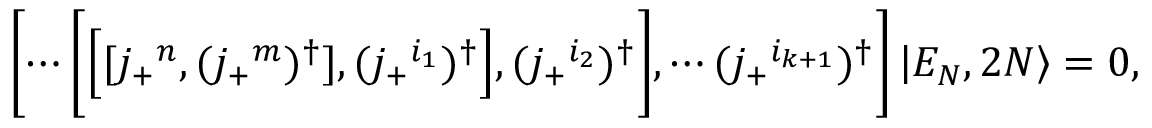
\Biggl [ \cdots \biggl [ \Bigl [ [ j _ { + } { } ^ { n } , ( j _ { + } { } ^ { m } ) ^ { \dagger } ] , ( j _ { + } { } ^ { i _ { 1 } } ) ^ { \dagger } \Bigr ] , ( j _ { + } { } ^ { i _ { 2 } } ) ^ { \dagger } \biggr ] , \cdots ( j _ { + } { } ^ { i _ { k + 1 } } ) ^ { \dagger } \Biggr ] \left| { \cal E } _ { N } , 2 N \right\rangle = 0 ,